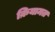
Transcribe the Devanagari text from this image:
क़ियामत